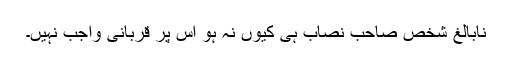
نابالغ شخص صاحبِ نصاب ہی کیوں نہ ہو اس پر قربانی واجب نہیں۔